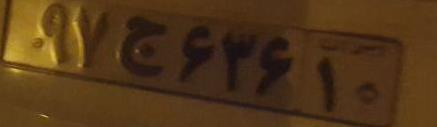
۹۷ج۶۳۶۱۰